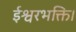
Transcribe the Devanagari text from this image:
ईश्वरभक्ति।